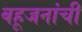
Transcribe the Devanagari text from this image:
बहूजनांची